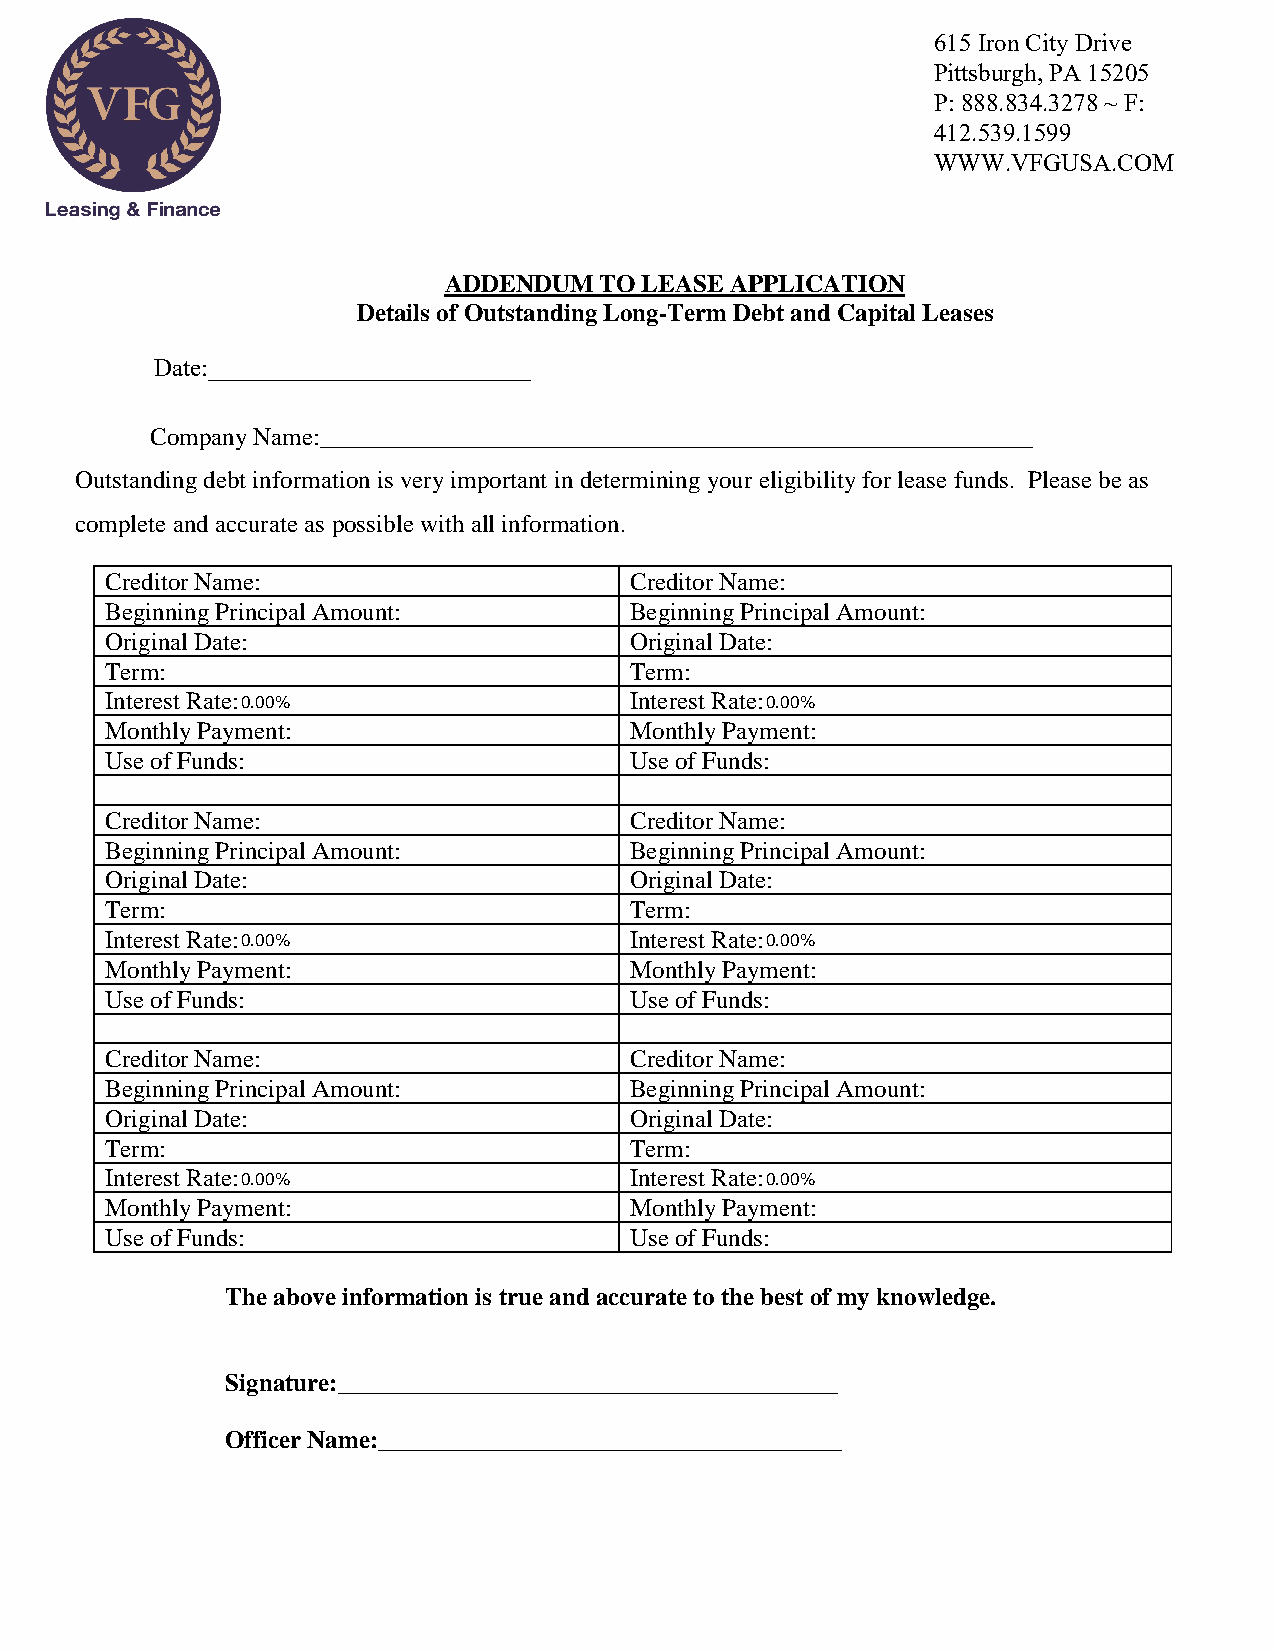
615 Iron City Drive
 Pittsburgh, PA 15205
 P: 888.834.3278 ~ F:
 412.539.1599
 WWW.VFGUSA.COM
 ADDENDUM   TO LEASE APPLICATION
 Details of Outstanding Long-Term Debt and Capital Leases
 Date:__________________________
 Company Name:_________________________________________________________
 Outstanding debt information is very important in determining your eligibility for lease funds. Please be as
 complete and accurate as possible with all information.
 Creditor Name:                     Creditor Name:
 Beginning Principal Amount:        Beginning Principal Amount:
 Original Date:                     Original Date:
 Term:                              Term:
 Interest Rate: 0.00%               Interest Rate: 0.00%
 Monthly Payment:                   Monthly Payment:
 Use of Funds:                      Use of Funds:
 Creditor Name:                     Creditor Name:
 Beginning Principal Amount:        Beginning Principal Amount:
 Original Date:                     Original Date:
 Term:                              Term:
 Interest Rate: 0.00%               Interest Rate: 0.00%
 Monthly Payment:                   Monthly Payment:
 Use of Funds:                      Use of Funds:
 Creditor Name:                     Creditor Name:
 Beginning Principal Amount:        Beginning Principal Amount:
 Original Date:                     Original Date:
 Term:                              Term:
 Interest Rate: 0.00%               Interest Rate: 0.00%
 Monthly Payment:                   Monthly Payment:
 Use of Funds:                      Use of Funds:
 The above information is true and accurate to the best of my knowledge.
 Signature:________________________________________
 Officer Name:_____________________________________